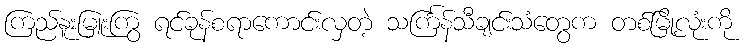
ကြည်နူးမြူးကြွ ရင်ခုန်စရာကောင်းလှတဲ့ သင်္ကြန်သီချင်းသံတွေက တစ်မြို့လုံးကို